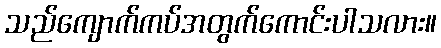
သည်ကျောက်ကပ်အတွက်ကောင်းပါသလား။